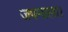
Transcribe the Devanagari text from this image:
जपमाला।